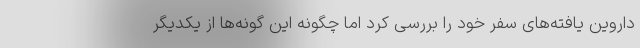
داروین یافته‌های سفر خود را بررسی کرد اما چگونه این گونه‌ها از یکدیگر